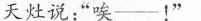
天灶说:“唉——!”